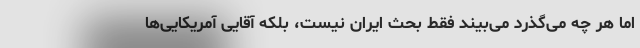
اما هر چه می‌گذرد می‌بیند فقط بحث ایران نیست، بلکه آقایی آمریکایی‌ها